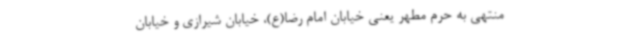
منتهی به حرم مطهر یعنی خیابان امام رضا(ع)، خیابان شیرازی و خیابان